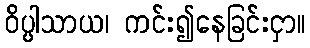
ဝိပ္ပါသာယ၊ ကင်း၍နေခြင်းငှာ။